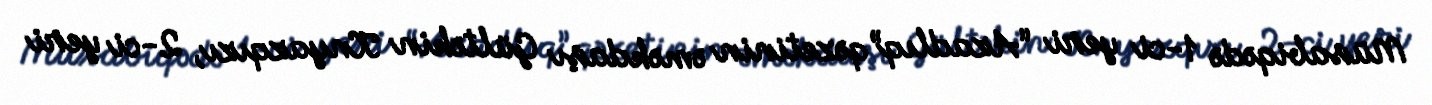
Müsabiqədə 1-ci yeri “Azadlıq” qəzetinin əməkdaşı Gültəkin Knyazqızı, 2-ci yeri